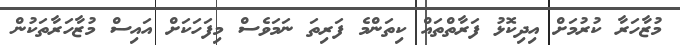
މުޒާހަރާ ކުރުމަށް އިދިކޮޅު ފަރާތްތައް ކިތަންމެ ފަރިތަ ނަމަވެސް މިފަހަކަށް އައިސް މުޒާހަރާތަކުން